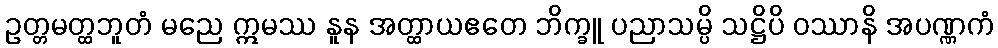
ဥတ္တမတ္ထဘူတံ မညေ ဣမဿ နူန အတ္ထာယဧတေ ဘိက္ခူ ပညာသမ္ပိ သဋ္ဌိပိ ဝဿာနိ အပဏ္ဏကံ